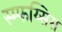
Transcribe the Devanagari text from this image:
स्म्फय्सिस